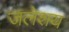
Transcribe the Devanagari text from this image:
जलेशय